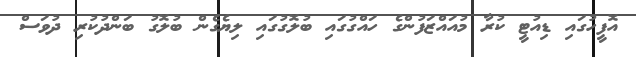
އޮފީހުގައި ޑިއުޓީ ކުރާ މުއައްޒަފުންގެ ހައްގުގައި ބުލޮގުގައި ލިޔެގެން ބުލޮގު ބަންދުކުރި ދުވަސް